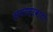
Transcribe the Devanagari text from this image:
अमरसरवाटी